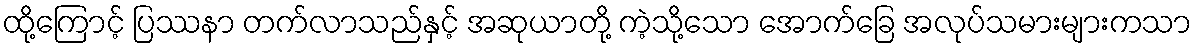
ထို့ကြောင့် ပြဿနာ တက်လာသည်နှင့် အဆုယာတို့ ကဲ့သို့သော အောက်ခြေ အလုပ်သမားများကသာ